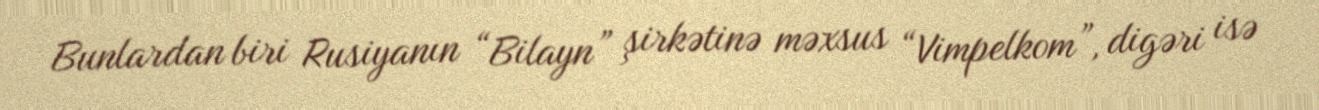
Bunlardan biri Rusiyanın “Bilayn” şirkətinə məxsus “Vimpelkom”, digəri isə